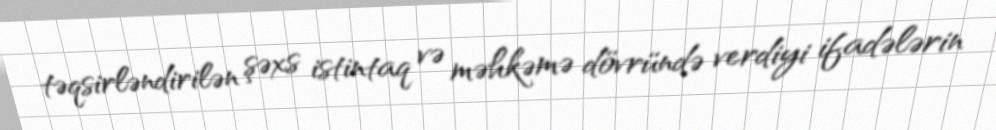
təqsirləndirilən şəxs istintaq və məhkəmə dövründə verdiyi ifadələrin